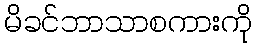
မိခင်ဘာသာစကားကို